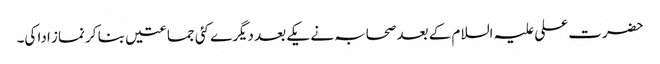
حضرت علی علیہ السلام کے بعد صحابہ نے یکے بعد دیگرے کئی جماعتیں بنا کر نماز ادا کی۔